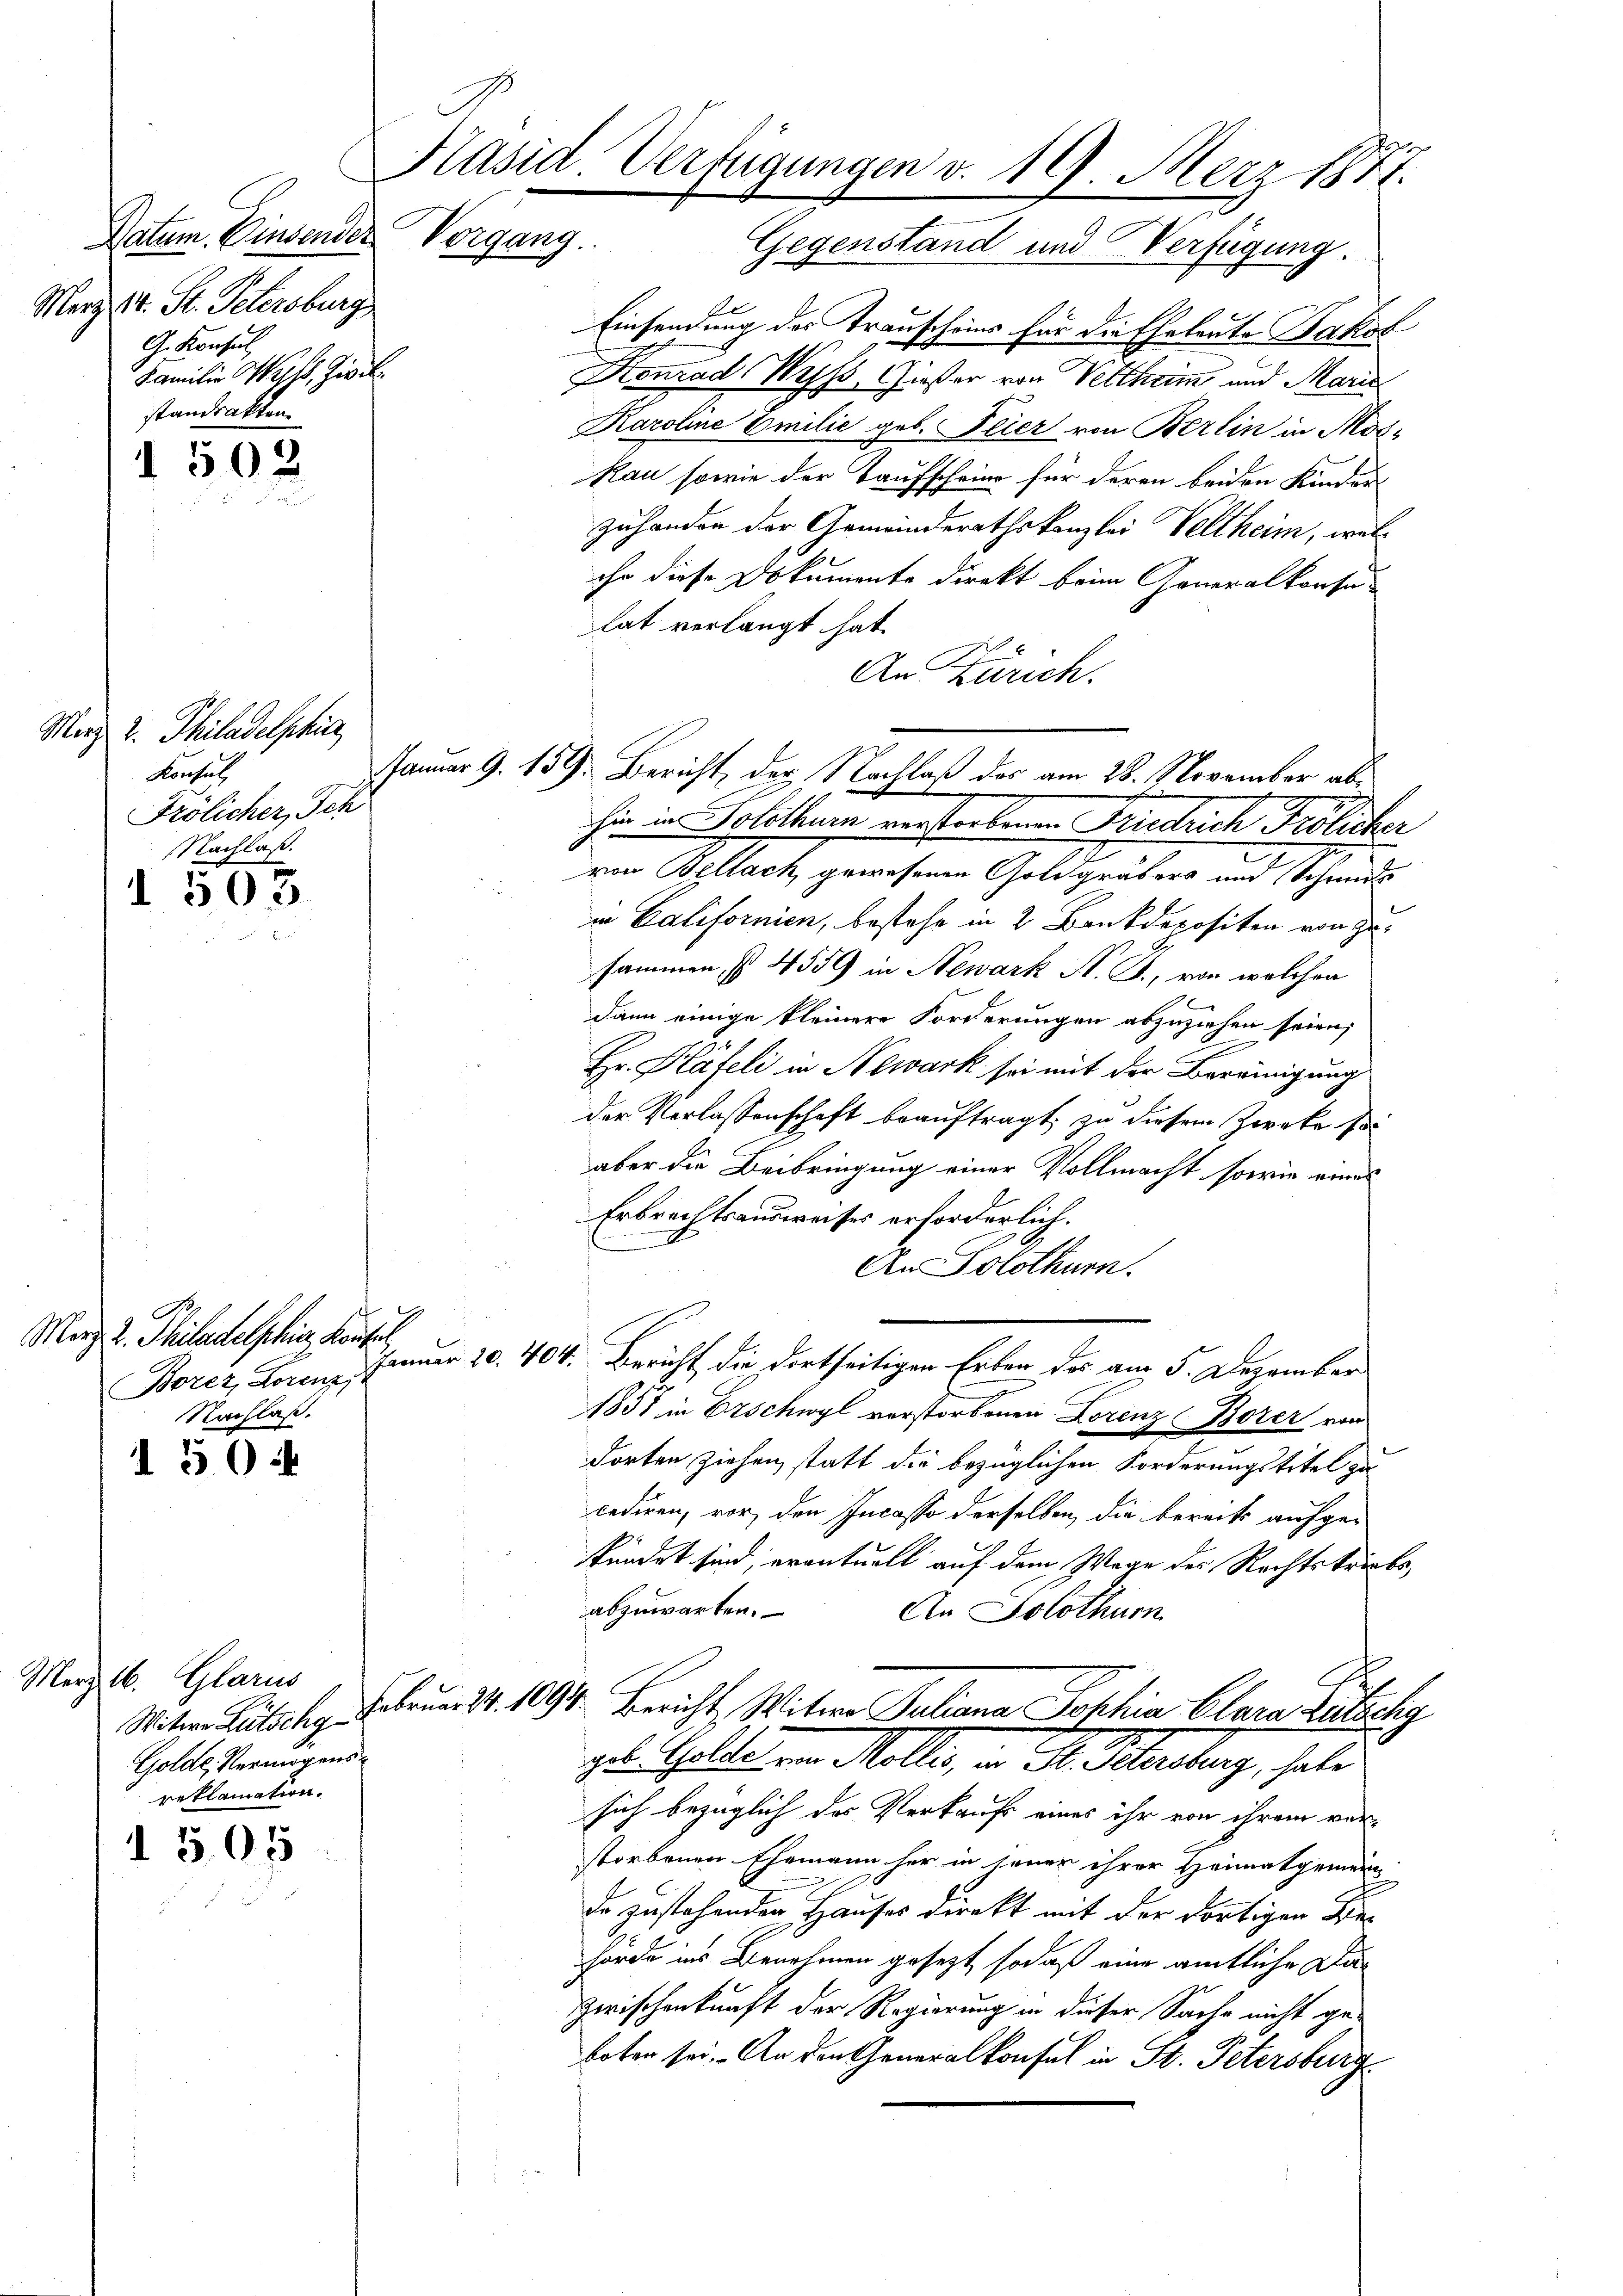
Datum. Einsender Vorgang.
Merz st. St. Petersburg
G. Konsul
Familie Witt, Zwil
standsakten.

I 502

Merz u. Philadelphiae
Konsul,
Frölicher, Sch
Nachlaß.

I 503

9
Merz u. Philadelphi, Kaufhal
Nachlaß.

150.

Merz l. Glarus
Golde, Vermögens-
reklamation.

1505

Einsendung des Trauscheins für die Eheleute Jakob
Konrad Wyss, Gießer von Veltheim und Marie
Karoline Emilie geb. Feier von Berlin in Modi
kan sowie der Taufscheine für deren beiden Kinder
zuhander der Gemeinderathskanzlei Veltheim, welihr diese Dokumente direkt beim Generalkonse
lat verlangt hat.
An Zürich.
Januar 9. 159. Bericht, der Nachlaß des am 28. November abhien in Solothurn verstorbenen Friedrich Frölicher
von Bellach gewesenen Goldgräbers und Schends
in Californien, bestehe in 2 Bankdepositen von Gesammen § 4559 in Newark St. G., von welchen
dann einige kleinere Forderungen abzuziehen seien,
e
Hr. Häfeli in Newark sei mit der Bereinigung
der Verlassenschaft beauftragt, zu diesem Zwecke soi
aber die Beibringung einer Vollmacht, sowie wenn
Erbrechtsausweises erforderlich.
An Solothurn.
Borez, Lorenz, Jänner 20. 404. Bericht die dortseitigen Erben des am 5. Dezember
1831 in Erschwyl verstorbenen Lorenz Borer von
dorten ziehen, statt die bezüglichen Forderungstitel zu
cediren, vor, den Incasso derselben, die bereits aufgekundet sind, eventuell auf dem Wege des Rechtskrebs,
abzuwarten.
An Solothurn
Witwe Buschg Februn S. 1094. Bericht, Witwe Juliana Poschia Clara Kutschg
gl. Gelder von Möller, in St. Schandlung, selbe
sich bezüglich des Verkaufs eines ihr von ihrem ver-
storbenen Ehemann her in jener ihrer Heimatgemein-
da zustehenden Hauses direkt mit der dortigen Behörde ins Benehmen gesezt, sodaß eine amtliche Da¬
Zwischenkunft der Regierung in dieser Sache nicht ge-
boten sei. An den Generalkonsul in St. Petersburg

Päsid. Verfügungen v. 19. März 1872.
Gegenstand und Verfügung.